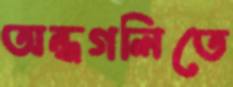
অন্ধগলিতে